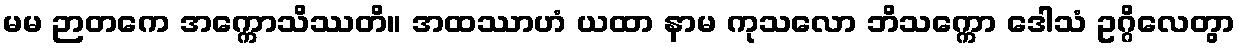
မမ ဉာတကေ အက္ကောသိဿတိ။ အထဿာဟံ ယထာ နာမ ကုသလော ဘိသက္ကော ဒေါသံ ဥဂ္ဂိလေတွာ